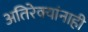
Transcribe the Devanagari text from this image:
अतिरेक्यांनाही